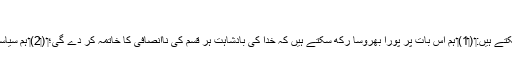
‏
17 اِس مضمون میں ہم نے سیکھا ہے کہ ہم اِن تین طریقوں سے اِتحاد کو فروغ دے سکتے ہیں:‏ (‏1)‏ ہم اِس بات پر پورا بھروسا رکھ سکتے ہیں کہ خدا کی بادشاہت ہر قسم کی نااِنصافی کا خاتمہ کر دے گی؛‏ (‏2)‏ ہم سیاسی معاملات میں کسی کی حمایت نہیں کرتے (‏3)‏ اور ہم کبھی تشدد کا سہارا نہیں لیتے۔